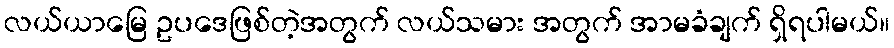
လယ်ယာမြေ ဥပဒေဖြစ်တဲ့အတွက် လယ်သမား အတွက် အာမခံချက် ရှိရပါမယ်။